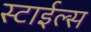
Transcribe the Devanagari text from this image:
स्टाईल्स